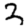
Digit: 3